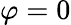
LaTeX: \varphi=0